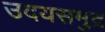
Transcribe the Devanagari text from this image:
उदयसमुद्र